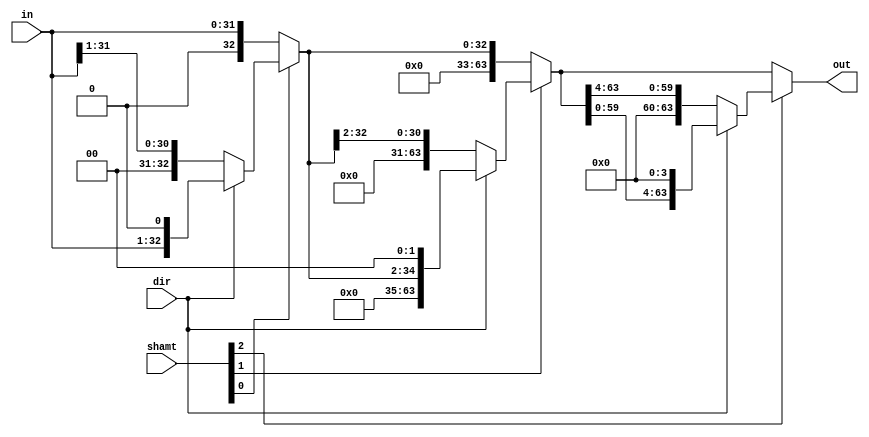
`timescale 1ns / 1ps
//////////////////////////////////////////////////////////////////////////////////
// Company: 
// Engineer: 
// 
// Design Name: 
// Module Name:    barrel_shifter 
// Project Name: 
// Target Devices: 
// Tool versions: 
// Description: 
//
// Dependencies: 
//
// Revision: 
// Revision 0.01 - File Created
// Additional Comments: 
//
//////////////////////////////////////////////////////////////////////////////////
module barrel_shifter(
		input [31:0] in,
		input [4:0] shamt, // Amount of shifting
		input dir, // The direction of shifting
		output reg [63:0] out
    );

	// Shifting according to the amount specified 
	always @(in or shamt or dir)
	begin
	
		out = in;
		if(shamt[0])
			out = dir? out << 1: out >> 1;
		if(shamt[1])
			out = dir? out << 2: out >> 2;
		if(shamt[2])
			out = dir? out << 4: out >> 4;
	end
endmodule